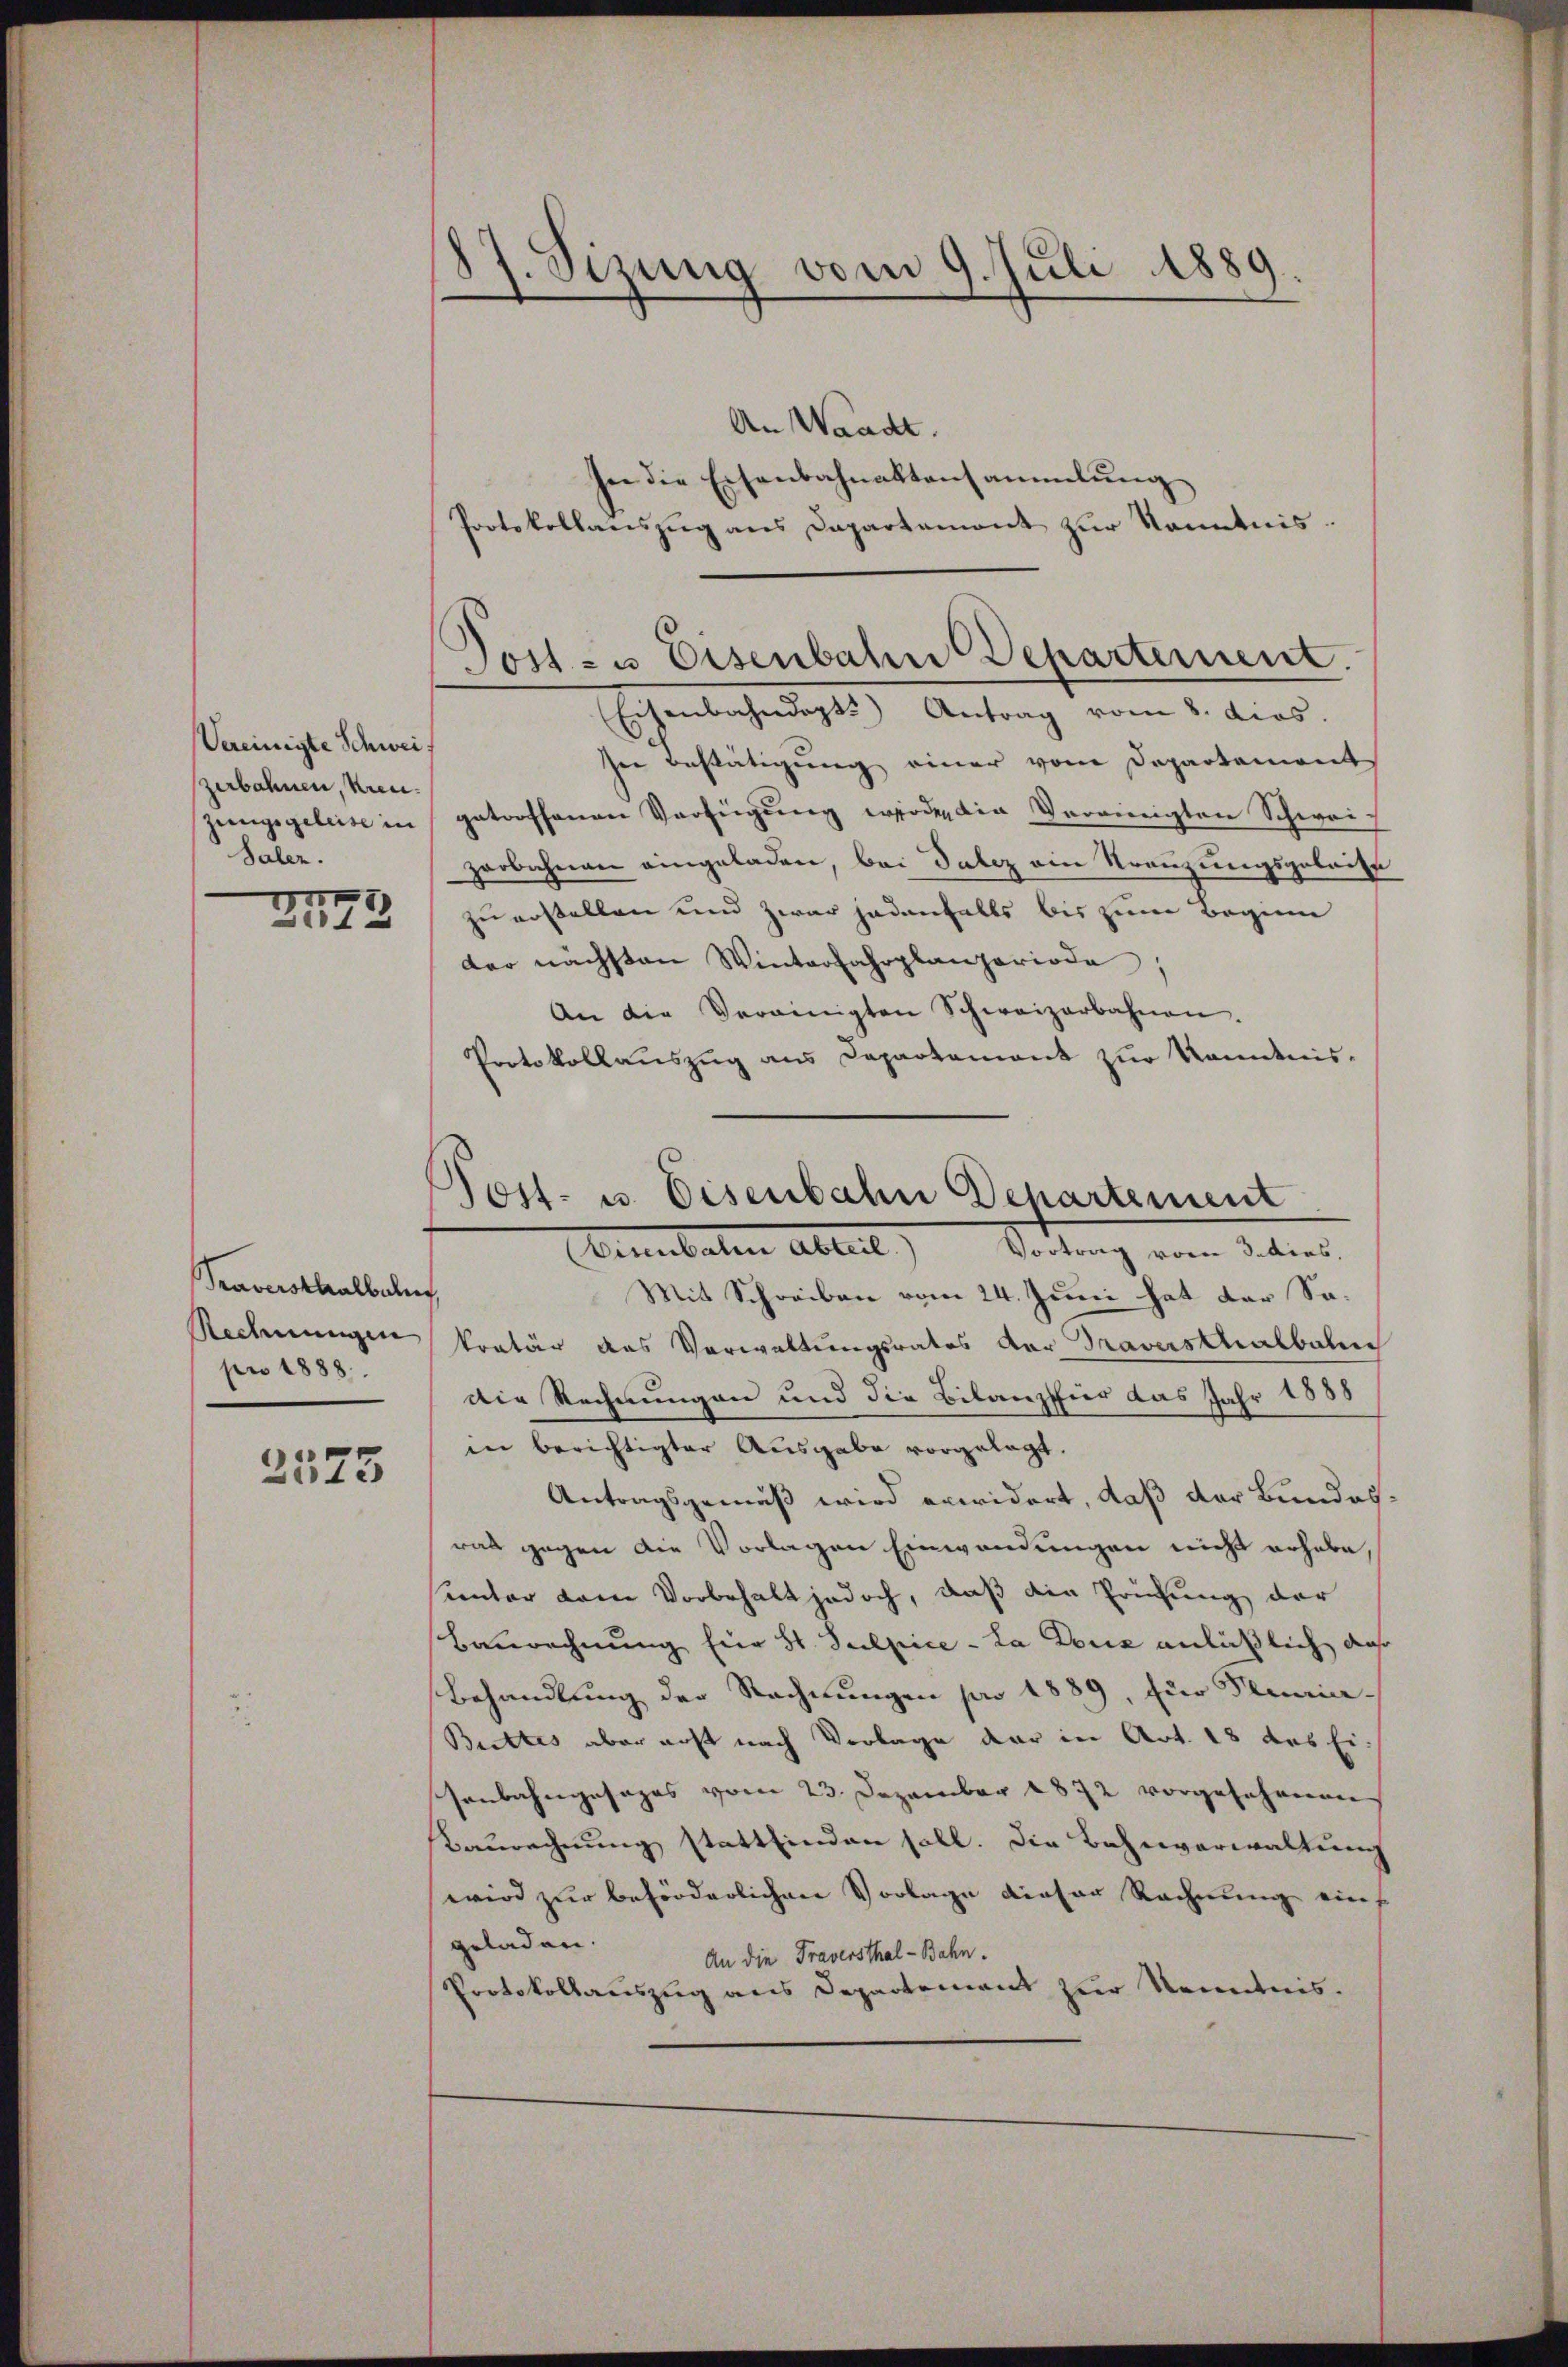
Vereinigte Schweizerbahnen, Kreu¬
Saler.
2

212

Traversthalbeln
pro 1888.

2573

8 J. Sizung vom 9. Juli 1889
e
)

Dost- u. Eisenbahn Departement.

Post- u. Eisenbahn Departement
Menebaten Abteil.
Vortrag vom 3. dies,

An Waadt.
he die Eisenbahnaktensammlung
Protokollanszŭg ans Departement zŭr Kenntnis.
Eisenbahndept.) Antrag vom 8. dios.
In Bestätigung einer vom Departement
jungsgeleise in getroffenen Verfügŭng werde, die Vereinigten Schweis
zerbahnen eingeladen, bei datez ain Kreuzungsgebaute
zu erstellen und zwar jedenfalls bis zum Beginn
der nächsten Winterfahrplanperiode,
An die Vereinigten Schweizerbahnen.
Protokollauszug aus Capartement zur Kenntnis¬
Mit Schreiben vom 24. Juni hat der Sa¬
Rechnungen kretär das Verwaltungsrates der Traverstralbahne
Die Rechnungen und die Bilanz für das Jahr 1888
in berichtigter Ausgabe vorgelegt.
Antragsgemäß wird erwidert, daß der Bundesral gegen die Vorlagen Einwendungen nicht erhabe,
sunter den Vorbehalt jedoch, daß die Prüfung der
Baurechnung für St. Sulpice - La douz anläßlich das
Behandlung der Rechnungen pro 1889, für Seria¬
Bucktes aber erst nach Verlage der in Art. 18 des Eisenbahngesages vom 23. Dezember 1872 vorgesehenen
Baurechnung stattfinden soll. Die Bahnverwaltung
wird zur beförderlichen Vorlage dieser Rechnung ein
geladen.
An die Traversthal-Bahn.
Protokollauszug aus Departement zur Kenntnis.